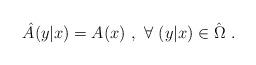
LaTeX: \begin{align*}\hat{A}(y|x) = A(x) \ , \ \forall \ (y|x) \in \hat{\Omega} \ .\end{align*}